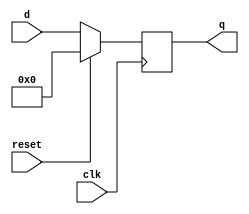
module top_module (
    input clk,
    input reset,            // Synchronous reset
    input [7:0] d,
    output [7:0] q
);
    always@(posedge clk)
        if(reset)
	        q<=0;
    	else
            q<=d;

endmodule